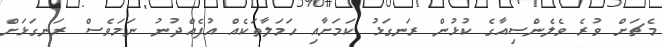
މެޗަށް ވުރެ ވެލެންސިއާގެ ކުޅުން ރަނގަޅު ކަމަށާއި ހަމަލާތަކެއް އުފެއްދުނު ނަމަވެސް ރަނގަޅަށް